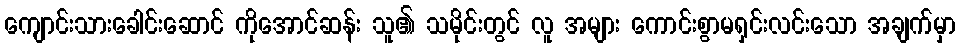
ကျောင်းသားခေါင်းဆောင် ကိုအောင်ဆန်း သူ၏ သမိုင်းတွင် လူ အများ ကောင်းစွာမရှင်းလင်းသော အချက်မှာ